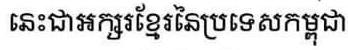
នេះជាអក្សរខ្មែរនៃប្រទេសកម្ពុជា